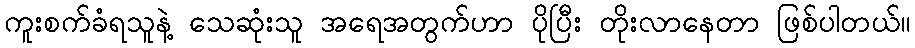
ကူးစက်ခံရသူနဲ့ သေဆုံးသူ အရေအတွက်ဟာ ပိုပြီး တိုးလာနေတာ ဖြစ်ပါတယ်။